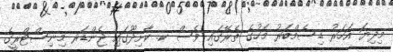
މިދިޔަ އަހަރު ޑިސެމްބަރު މަހުގެ ތެރޭގައި ވެސް ކ. ކާށިދޫގައި ޖެންޑަރ މިނިސްޓްރީގެ